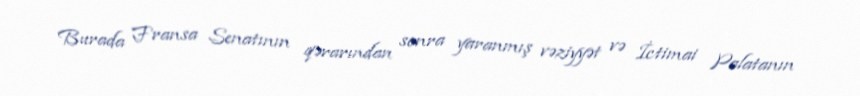
Burada Fransa Senatının qərarından sonra yaranmış vəziyyət və İctimai Palatanın